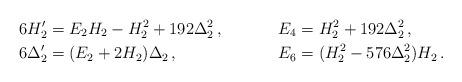
LaTeX: \begin{align*}&6H_2'=E_2 H_2-H_2^2+192\Delta_2^2\,,&&E_4=H_2^2+192\Delta_2^2\,,\\&6\Delta_2'=(E_2+2H_2)\Delta_2\,,&&E_6=(H_2^2-576\Delta_2^2)H_2\,.\end{align*}